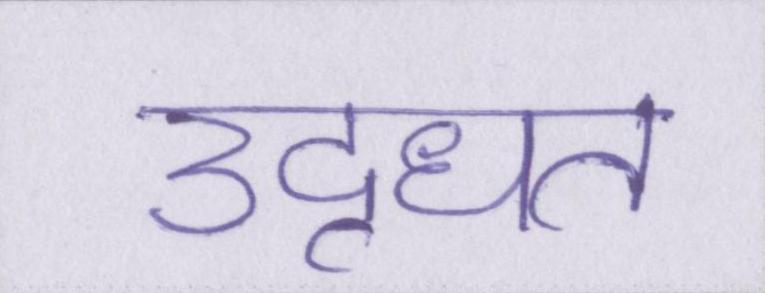
उद्धृत